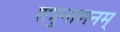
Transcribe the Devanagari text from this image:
शत्रुनाशनम्